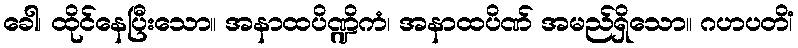
ခေါ၊ ထိုင်နေပြီးသော။ အနာထပိဏ္ဍိကံ၊ အနာထပိဏ် အမည်ရှိသော။ ဂဟပတိံ၊